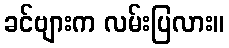
ခင်ဗျားက လမ်းပြလား။